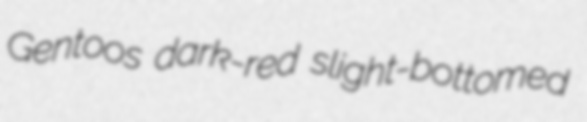
Gentoos dark-red slight-bottomed